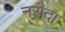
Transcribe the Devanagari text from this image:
नरौदा